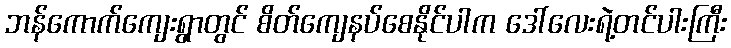
ဘန်ကောက်ကျေးရွာတွင် စိတ်ကျေနပ်စေနိုင်ပါက ဒေါ်လေးရဲ့တင်ပါးကြီး